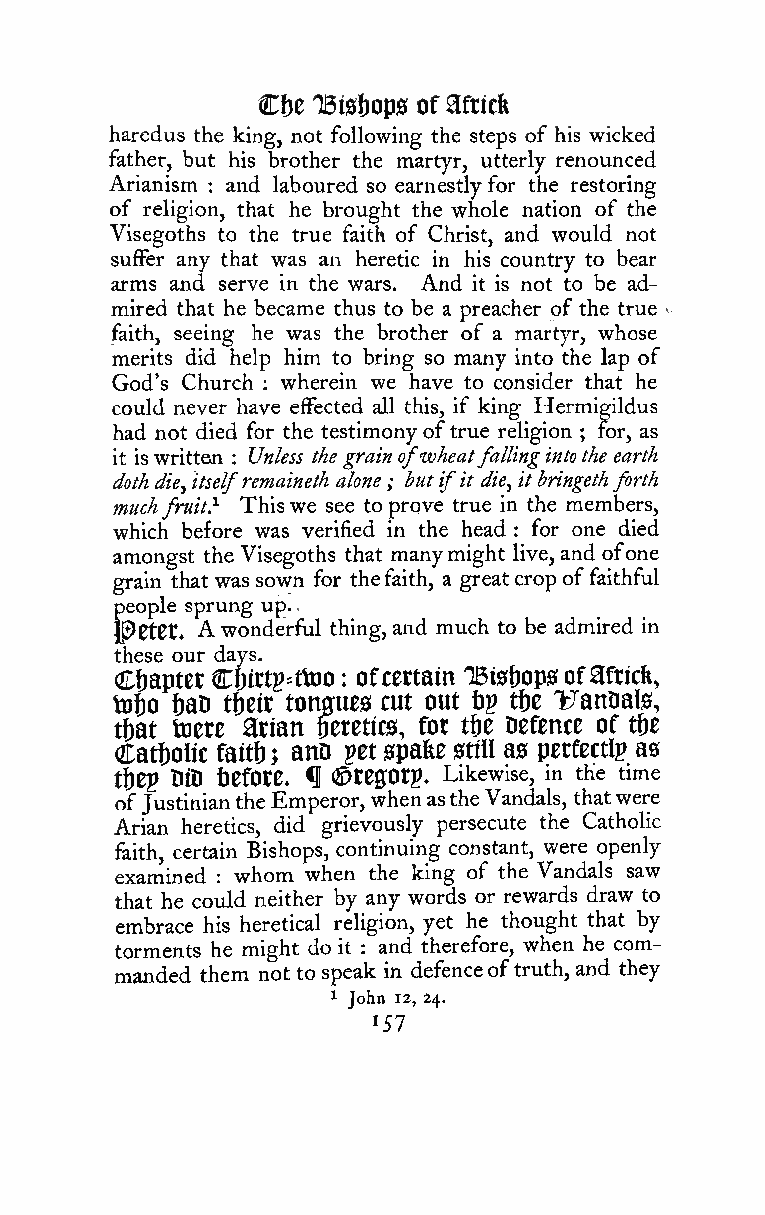
.
 C|)e 'Bi0f)op0 of afticfe
 haredus the king, not following the steps of his wicked
 father, but his brother the martyr, utterly renounced
 Arianism and laboured so earnestly for the restoring
 :
 of religion, that he brought the whole nation of the
 Visegoths to the true faith of Christ, and would not
 suffer any that was an heretic in his country to bear
 arms and serve in the wars. And it is not to be ad-
 mired that he became thus to be a preacher of the true *
 faith, seeing he was the brother of a martyr, whose
 merits did help him to bring so many into the lap of
 God's Church wherein we have to consider that he
 :
 could never have effected all this, if king Hermigildus
 had not died for the testimonyoftrue religion for, as
 ;
 it iswritten : Unless the grain ofwheatfallingintothe earth
 dothdie, itselfremaineth alone; butifit die, itbringethforth
 muchfruit} Thiswe see to prove true in the members,
 which before was verified in the head for one died
 :
 amongst the Visegoths that manymight live, and ofone
 grain that was sown for thefaith, a greatcropoffaithful
 people sprung up.
 IPrtCt, A wonderful thing, and much to be admired in
 these our days.
 Cbaptet Cf)irtp=ttDO ofcertain TBisbops ofafricfe,
 :
 to&o 6aD tfteit tongues cut out bp tf)e T:7anDals,
 ttjat toere atian getetics, for tbe Defence of tf)e
 Catholic faitf); anD get spafee still as perfectip as
 tf)ep DiD before. ^ ©regOrp. Likewise, in the time
 ofJustiniantheEmperor,whenastheVandals, thatwere
 Arian heretics, did grievously persecute the Catholic
 faith, certain Bishops, continuing constant, were openly
 examined whom when the king of the Vandals saw
 :
 that he could neither by any words or rewards draw to
 embrace his heretical religion, yet he thought that by
 torments he might do it : and therefore, when he com-
 manded them not to speak in defenceoftruth, and they
 1 John 12, 24.